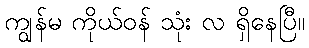
ကျွန်မ ကိုယ်ဝန် သုံး လ ရှိနေပြီ။